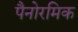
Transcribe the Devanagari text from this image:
पैनोरमिक